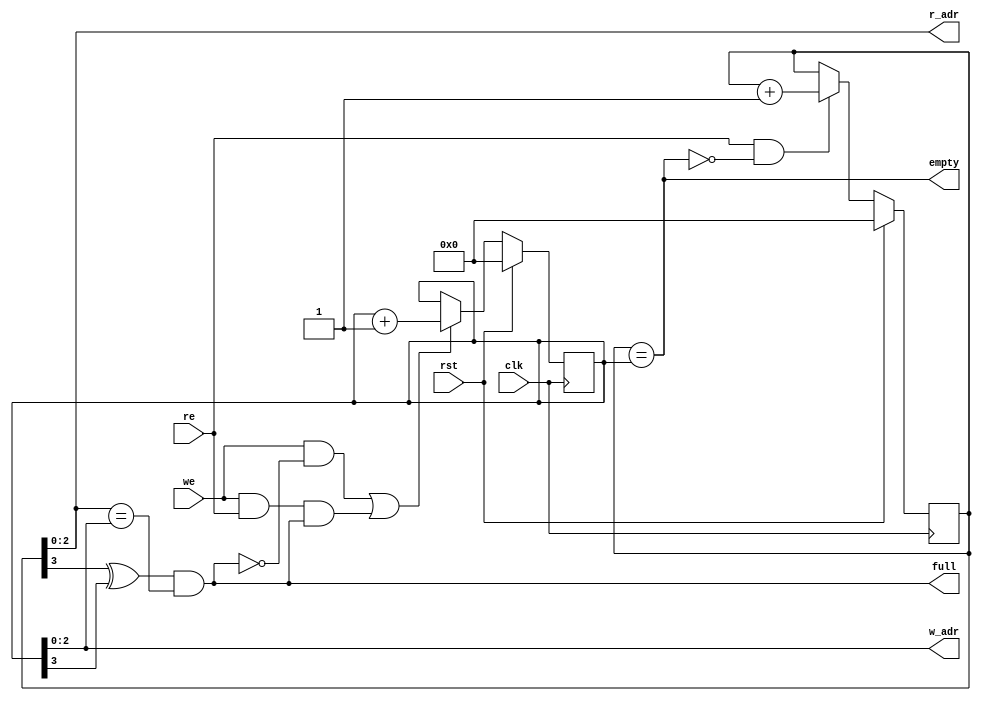
`define WIDTH 3
`define DATA_WIDTH 8


module address_update (
    input clk,
    input rst,
    input re,
    input we,
    output empty,
    output full,
    output [`WIDTH-1:0] r_adr,
    output [`WIDTH-1:0] w_adr
);


    reg [`WIDTH:0] rd_addr;
    reg [`WIDTH:0] wr_addr;
    assign  full  = (rd_addr[`WIDTH] ^ wr_addr[`WIDTH]) & (rd_addr[`WIDTH-1:0]==wr_addr[`WIDTH-1:0]);
    assign empty = (rd_addr == wr_addr);

    always @(posedge clk) begin
        if (rst) begin
            rd_addr <= 0;

        end else if (re & ~empty) begin
            rd_addr <= rd_addr + 1'b1;

        end

    end


    always @(posedge clk) begin
        if (rst) begin
            wr_addr <= 0;

        end else if ((we & ~full) | (we & re & full)) begin
            wr_addr <= wr_addr + 1'b1;

        end

    end

    assign r_adr = rd_addr[`WIDTH-1:0];
    assign w_adr = wr_addr[`WIDTH-1:0];

endmodule